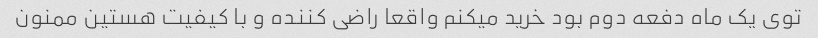
توی یک ماه دفعه دوم بود خرید میکنم واقعا راضی کننده و با کیفیت هستین ممنون